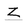
Character: Z